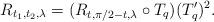
LaTeX: \begin{align*} R_{t_1,t_2,\lambda} = (R_{t,\pi/2-t,\lambda}\circ T_q) (T_q')^2.\end{align*}